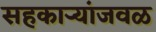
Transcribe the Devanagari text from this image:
सहकार्‍यांजवळ